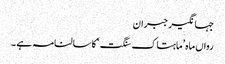
جہانگیر جبران
رواں ماہ ’ماہتاک سنگت‘ کا سالنامہ ہے ۔